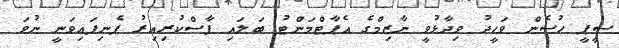
ސީޕީ ހުސެން ވަހީދު ވިދާޅުވީ ނާޒިމްގެ އެޕާޓްމަންޓު ބަލައި ފާސްކުރިިއިރު ފެނިފައިވަނީ ނުވަ